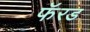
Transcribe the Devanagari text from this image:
फॅरड